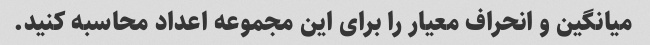
میانگین و انحراف معیار را برای این مجموعه اعداد محاسبه کنید.